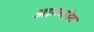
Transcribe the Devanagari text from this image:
आल्कोट